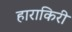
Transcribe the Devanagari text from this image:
हाराकिरी